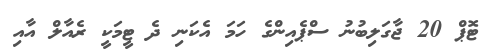
ޓޮޕް 20 ޖާގަލިބުނު ސްޕެއިންގެ ހަމަ އެކަނި ދެ ޓީމަކީ ރެއާލް އާއި